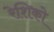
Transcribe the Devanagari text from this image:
रेशिको